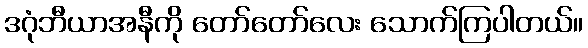
ဒဂုံဘီယာအနီကို တော်တော်လေး သောက်ကြပါတယ်။